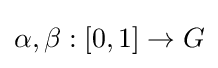
\alpha ,\beta :[0,1]\to G